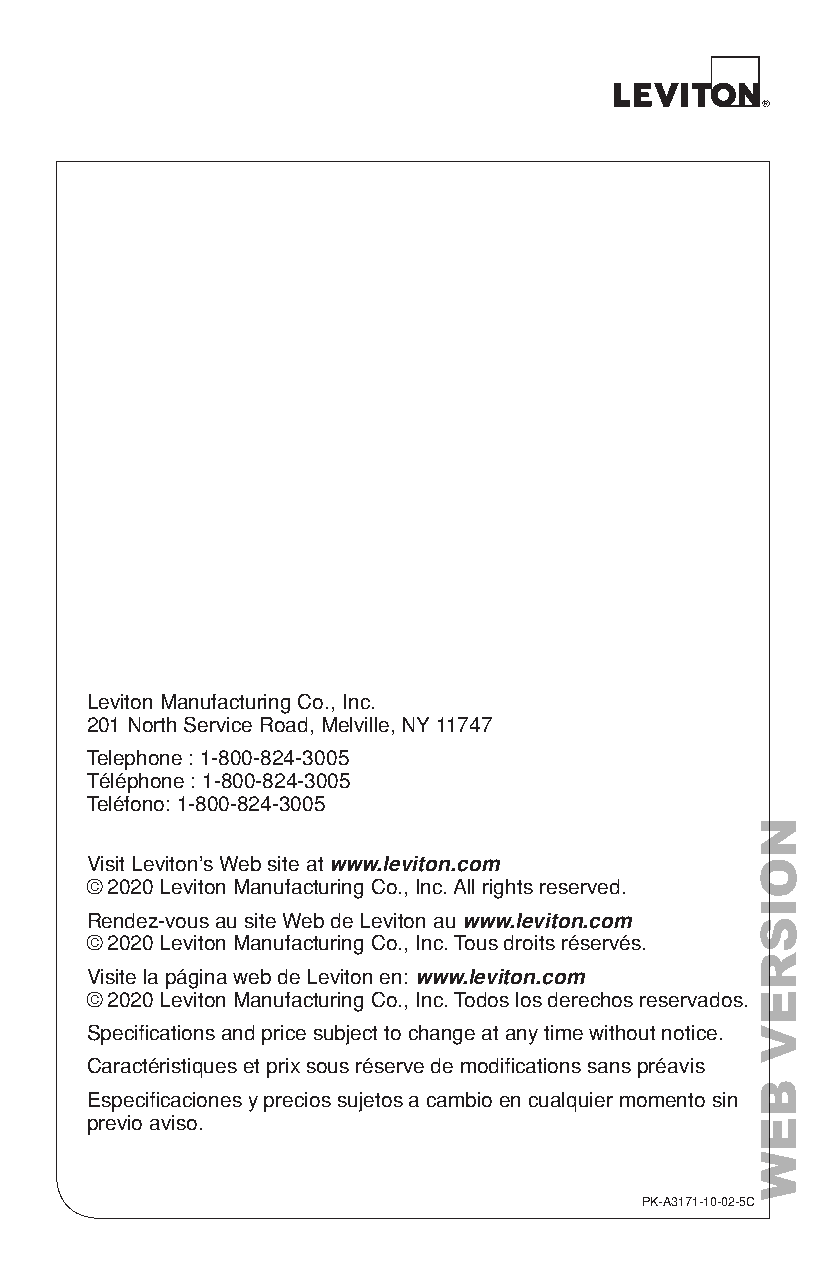
Leviton Manufacturing Co., Inc.
 201 North Service Road, Melville, NY 11747
 Telephone : 1-800-824-3005
 Téléphone : 1-800-824-3005
 Teléfono: 1-800-824-3005
 Visit Leviton’s Web site at www.leviton.com
 © 2020 Leviton Manufacturing Co., Inc. All rights reserved.
 Rendez-vous au site Web de Leviton au www.leviton.com
 © 2020 Leviton Manufacturing Co., Inc. Tous droits réservés.
 Visite la página web de Leviton en: www.leviton.com
 © 2020 Leviton Manufacturing Co., Inc. Todos los derechos reservados.
 Specifications and price subject to change at any time without notice.
 Caractéristiques et prix sous réserve de modifications sans préavis
 Especificaciones y precios sujetos a cambio en cualquier momento sin
 previo aviso.
 PK-A3171-10-02-5C
 NOISREV
 BEW